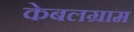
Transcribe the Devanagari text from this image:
केबलग्राम